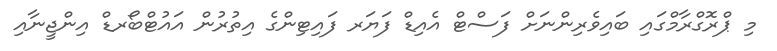
މި ޕްރޮގްރާމްގައި ބައިވެރިންނަށް ފަސްޓް އެއިޑް ފަޔަރ ފައިޓިންގެ އިތުރުން އައުޓްބޯރޑް އިންޖީނާއި